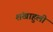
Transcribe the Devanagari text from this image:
शंखाहुली